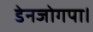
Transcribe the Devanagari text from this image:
डेनजोगपा।